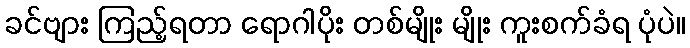
ခင်ဗျား ကြည့်ရတာ ရောဂါပိုး တစ်မျိုး မျိုး ကူးစက်ခံရ ပုံပဲ။